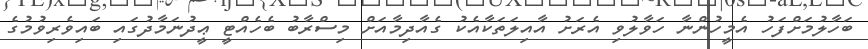
ބަހާލުމަށްފަހު އެމީހުންނާ ހަވާލުވި އެރަށު އާއިލަތަކާއެކު ގެއާދިމާއަށް މިސްރާބު ބެހެއްޓީ ޢީދުނަމާދުގައި ބައިވެރިވުމުގެ